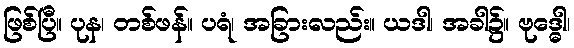
ဖြစ်ပြီ။ ပုန၊ တစ်ဖန်။ ပရံ၊ အခြားလည်း။ ယဒါ၊ အခါ၌။ ဗုဒ္ဓေါ၊